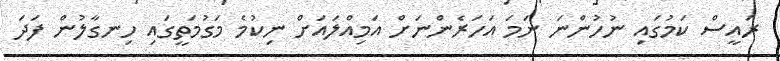
ރައީސް ކަމުގައި ނުހުންނަ ނަމަ އަހަރެންނަށް އަމިއްލައަށް ނިކުމެ މަގުމަތީގައި ހިނގާލުން ފަދަ